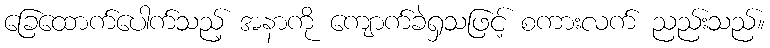
ခြေထောက်ပေါက်သည့် အနာကို ကျောက်ခဲရှသဖြင့် စကားလက် ညည်းသည်။